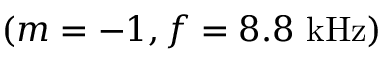
( m = - 1 , f = 8 . 8 \ \mathrm { k H z } )